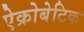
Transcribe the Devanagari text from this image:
ऐक्रोबेटिक